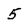
Character: 5